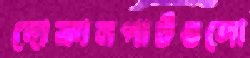
দোকানপাটগুলো